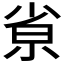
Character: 𡭽